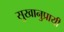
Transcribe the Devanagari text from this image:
सुखानुप्रायी